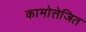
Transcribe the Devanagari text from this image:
कामोत्तेजित